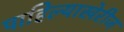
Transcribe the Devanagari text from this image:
पाहिल्याखेरीज